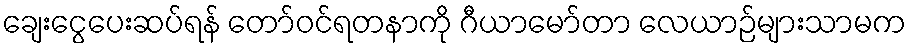
ချေးငွေပေးဆပ်ရန် တော်ဝင်ရတနာကို ဂီယာမော်တာ လေယာဉ်များသာမက